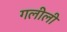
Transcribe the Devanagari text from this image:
गलीली